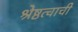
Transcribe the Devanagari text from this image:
श्रेष्ठत्वाची